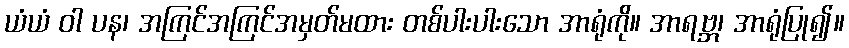
ယံယံ ဝါ ပန၊ အကြင်အကြင်အမှတ်မထား တစ်ပါးပါးသော အာရုံကို။ အာရဗ္ဘ၊ အာရုံပြု၍။